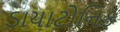
ડાયાટોનિક